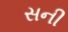
સની